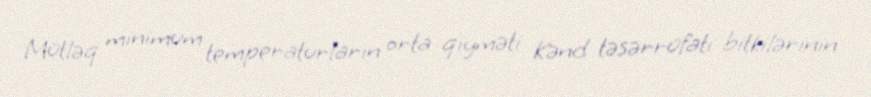
Mütləq minimum temperaturların orta qiyməti Kənd təsərrüfatı bitkilərinin